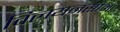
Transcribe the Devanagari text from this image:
विलयनसीमा